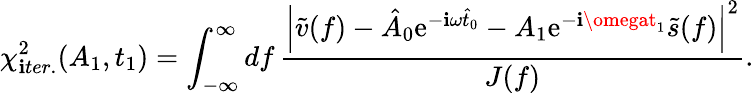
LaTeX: \chi_{\mathbf{i}ter.}^{2}(A_{1},t_{1})=\int_{-\infty}^{\infty}\mathop{df}\frac{{\left|\tilde{{v}}(f)-\hat{{A}}_{0}\mathrm{{e}}^{-\mathbf{i}\omega\hat{{t}}_{0}}-A_{1}\mathrm{{e}}^{-\mathbf{i}\omegat_{1}}\tilde{{s}}(f)\right|^{2}}}{{J(f)}}.